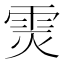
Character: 𲉳